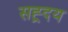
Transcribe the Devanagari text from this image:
सह्र्दय